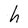
Character: h